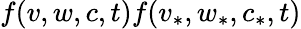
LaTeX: f(v,w,c,t)f(v_{*},w_{*},c_{*},t)